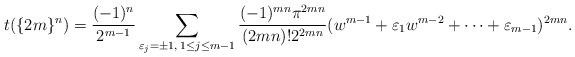
LaTeX: \begin{align*}t(\{2m\}^n)=\frac{(-1)^n}{2^{m-1}}\sum_{\varepsilon_j=\pm 1,\; 1\leq j\leq m-1}\frac{(-1)^{mn}\pi^{2mn}}{(2mn)!2^{2mn}}(w^{m-1}+\varepsilon_1w^{m-2}+\cdots+\varepsilon_{m-1})^{2mn}.\end{align*}